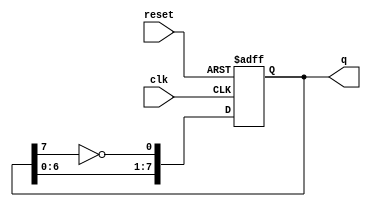
module johnson_counter (
    input wire clk,       // Clock input
    input wire reset,     // Reset input
    output reg [7:0] q    // 8-bit output representing the counter state
);

// Always block triggered on the rising edge of the clock or reset
always @(posedge clk or posedge reset) begin
    if (reset) begin
        // Initialize the counter to 0 on reset
        q <= 8'b00000000;
    end else begin
        // Johnson counter logic
        q[0] <= ~q[7]; // Invert the last flip-flop output and feed it to the first
        q[7:1] <= q[6:0]; // Shift the current state to the right
    end
end

endmodule